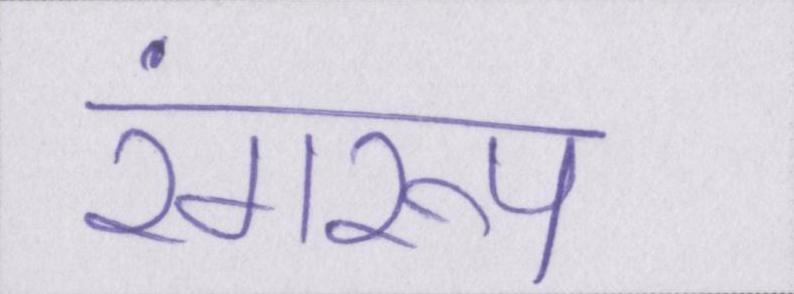
रंगरूप